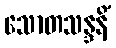
သောတသန္ဒနိံ